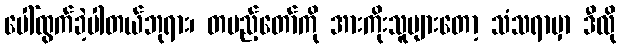
ပေါ်ထွက်ခဲ့ပါတယ်ဘုရား၊ တပည့်တော်ကို အားကိုးသူများတော့ သံသရာမှာ ဒီလို